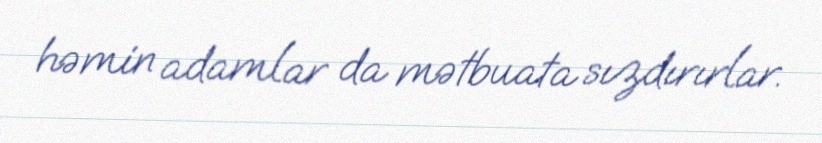
həmin adamlar da mətbuata sızdırırlar.